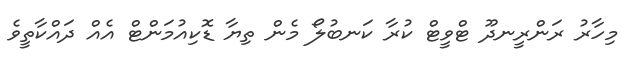
މިހާރު ރަންރީނދޫ ޓްވީޓް ކުރާ ކަނބުލޯ މެން ތިޔާ ޑޮކިއުމަންޓް އެއް ދައްކާތީވެ